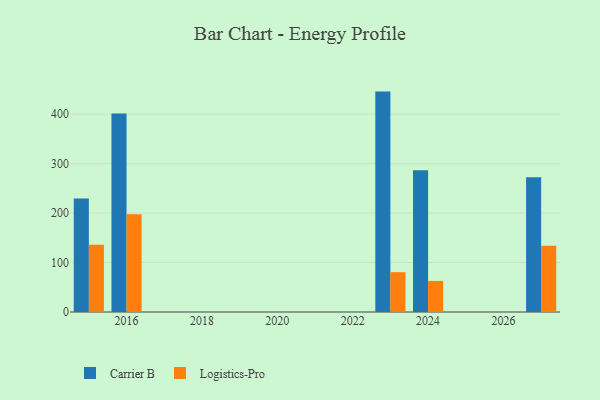
{"axis": {"x": "Year", "y": "Waste Production (Tons)"}, "legend": ["Carrier B", "Logistics-Pro"], "data": [{"x": "2016", "y": 401.4, "type": "Carrier B"}, {"x": "2016", "y": 197.4, "type": "Logistics-Pro"}, {"x": "2027", "y": 272.4, "type": "Carrier B"}, {"x": "2027", "y": 134.0, "type": "Logistics-Pro"}, {"x": "2015", "y": 229.3, "type": "Carrier B"}, {"x": "2015", "y": 135.9, "type": "Logistics-Pro"}, {"x": "2023", "y": 445.6, "type": "Carrier B"}, {"x": "2023", "y": 80.5, "type": "Logistics-Pro"}, {"x": "2024", "y": 286.4, "type": "Carrier B"}, {"x": "2024", "y": 62.8, "type": "Logistics-Pro"}]}